Lunatic asylums Madras 1877-1891 - 1877-1891
Year: 1877
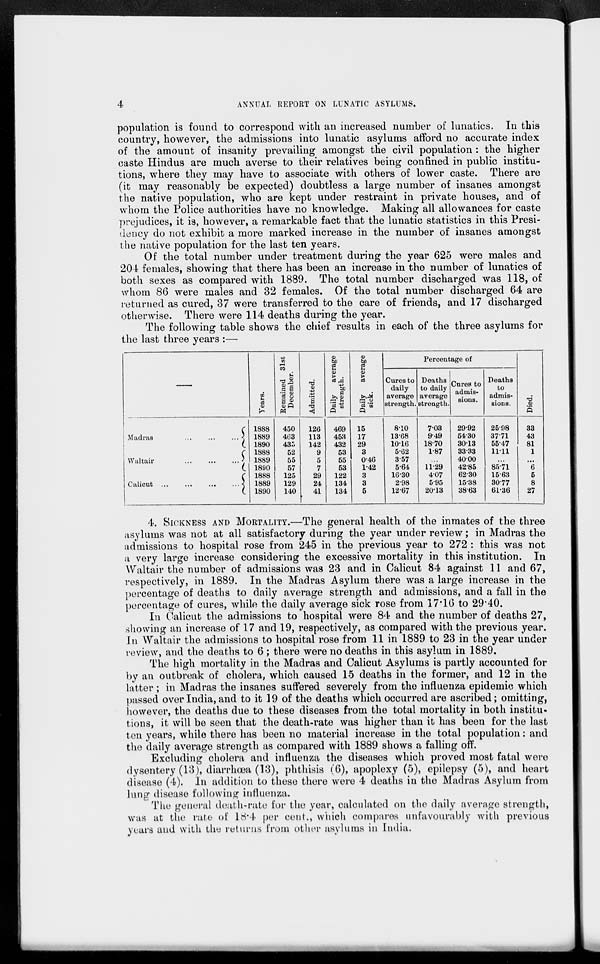
4
ANNUAL REPORT ON LUNATIC ASYLUMS.
population is found to correspond with an increased number of lunatics. In this
country, however, the admissions into lunatic asylums afford no accurate index
of the amount of insanity prevailing amongst the civil population : the higher
caste Hindus are much averse to their relatives being confined in public institu-
tions, where they may have to associate with others of lower caste. There are
(it may reasonably be expected) doubtless a large number of insanes amongst
the native population, who are kept under restraint in private houses, and of
whom the Police authorities have no knowledge. Making all allowances for caste
prejudices, it is, however, a remarkable fact that the lunatic statistics in this Presi-
dency do not exhibit a more marked increase in the number of insanes amongst
the native population for the last ten years.
Of the total number under treatment during the year 625 were males and
204 females, showing that there has been an increase in the number of lunatics of
both sexes as compared with 1889. The total number discharged was 118, of
whom 86 were males and 32 females. Of the total number discharged 64 are
returned as cured, 37 were transferred to the care of friends, and 17 discharged
otherwise. There were 114 deaths during the year.
The following table shows the chief results in each of the three asylums for
the last three years :—
—
Madras
...
...
...
Waltair ... ... ...
Calicut ... ... ...
Years.
1888
1889
1890
1888
1889
1890
1888
1889
1890
Remained 31st
December.
450
463
435
52
55
57
125
129
140
Admitted.
126
113
142
9
5
7
29
24
41
Daily
average
strength.
469
453
432
53
55
53
122
134
134
Daily
average
sick.
15
17
29
3
0.46
1.42
3
3
5
Percentage of
Cures to
daily
average
strength.
8.10
13.68
1016
5.62
3.57
5.64
16.30
2.98
12.67
Deaths
to daily
average
strength.
7.03
9.49
18.70
1.87
...
11.29
4.07
5.95
20.13
Cures to
admis-
sions.
29.92
54.30
30.13
33.33
40.00
42.85
62.30
15.38
38.63
Deaths
to
admis-
sions.
25.98
37.71
55.47
11.11
...
85.71
15.63
30.77
61.36
Died.
33
43
81
1
...
6
5
8
27
4. SICKNESS AND MORTALITYA.—The general health of the inmates of the three
asylums was not at all satisfactory during the year under review; in Madras the
admissions to hospital rose from 245 in the previous year to 272 : this was not
a very large increase considering the excessive mortality in this institution. In
Waltair the number of admissions was 23 and in Calicut 84 against 11 and 67,
respectively, in 1889. In the Madras Asylum there was a large increase in the
percentage of deaths to daily average strength and admissions, and a fall in the
percentage of cures, while the daily average sick rose from 17.16 to 29.40.
In Calicut the admissions to hospital were 84 and the number of deaths 27,
showing an increase of 17 and 19, respectively, as compared with the previous year.
In Waltair the admissions to hospital rose from 11 in 1889 to 23 in the year under
review, and the deaths to 6; there were no deaths in this asylum in 1889.
The high mortality in the Madras and Calicut Asylums is partly accounted for
by an outbreak of cholera, which caused 15 deaths in the former, and 12 in the
latter; in Madras the insanes suffered severely from the influenza epidemic which
passed over India, and to it 19 of the deaths which occurred are ascribed; omitting,
however, the deaths due to these diseases from the total mortality in both institu-
tions, it will be seen that the death-rate was higher than it has been for the last
ten years, while there has been no material increase in the total population: and
the daily average strength as compared with 1889 shows a falling off.
Excluding cholera and influenza the diseases which proved most fatal were
dysentery (13), diarrhœa (13), phthisis (6), apoplexy (5), epilepsy (5), and heart
disease (4). In addition to these there were 4 deaths in the Madras Asylum from
lung disease following influenza.
The general death-rate for the year, calculated on the daily average strength,
was at the rate of 18.4 per cent., which compares unfavourably with previous
years and with the returns from other asylums in India.